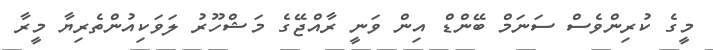
މީގެ ކުރިންވެސް ސަނަމް ބޭންޑް އިން ވަނީ ރާއްޖޭގެ މަޝްހޫރުު ލަވަކިއުންތެރިޔާ މީރާ